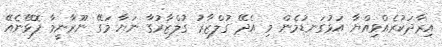
އިރާދަކުރެއްވިއްޔާ އަޅުގަނޑުމެން މި އެދޭ ގުލްޒާރު ގުލްޒާރުގާ ނަޔާ މަގޭ ނޫރާނީމާ ފޮޅޭނެއޭ